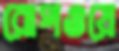
রোপওয়ে